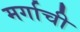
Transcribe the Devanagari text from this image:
मर्गाची